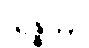
သဇ္ဇိတာ